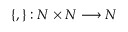
\left\{ , \right\} : N \times N \longrightarrow N